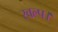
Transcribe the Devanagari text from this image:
स्वल्प।